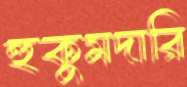
হুকুমদারি